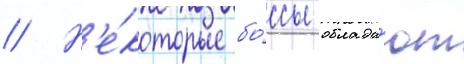
// Н'е́которые бо́ссы облада́ют